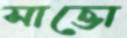
সাত্তো